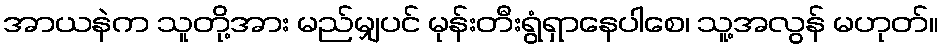
အာယနဲက သူတို့အား မည်မျှပင် မုန်းတီးရွံရှာနေပါစေ၊ သူ့အလွန် မဟုတ်။